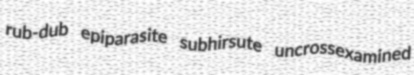
rub-dub epiparasite subhirsute uncrossexamined